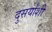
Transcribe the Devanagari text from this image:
दुसर्यांशी